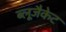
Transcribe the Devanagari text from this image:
ब्लूजैकेट